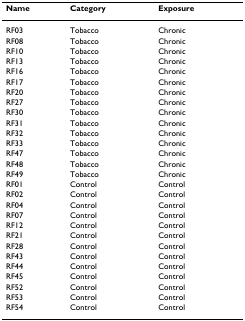
<table><thead><tr><td><b>Name</b></td><td><b>Category</b></td><td><b>Exposure</b></td></tr></thead><tbody><tr><td>RF03</td><td>Tobacco</td><td>Chronic</td></tr><tr><td>RF08</td><td>Tobacco</td><td>Chronic</td></tr><tr><td>RF10</td><td>Tobacco</td><td>Chronic</td></tr><tr><td>RF13</td><td>Tobacco</td><td>Chronic</td></tr><tr><td>RF16</td><td>Tobacco</td><td>Chronic</td></tr><tr><td>RF17</td><td>Tobacco</td><td>Chronic</td></tr><tr><td>RF20</td><td>Tobacco</td><td>Chronic</td></tr><tr><td>RF27</td><td>Tobacco</td><td>Chronic</td></tr><tr><td>RF30</td><td>Tobacco</td><td>Chronic</td></tr><tr><td>RF31</td><td>Tobacco</td><td>Chronic</td></tr><tr><td>RF32</td><td>Tobacco</td><td>Chronic</td></tr><tr><td>RF33</td><td>Tobacco</td><td>Chronic</td></tr><tr><td>RF47</td><td>Tobacco</td><td>Chronic</td></tr><tr><td>RF48</td><td>Tobacco</td><td>Chronic</td></tr><tr><td>RF49</td><td>Tobacco</td><td>Chronic</td></tr><tr><td>RF01</td><td>Control</td><td>Control</td></tr><tr><td>RF02</td><td>Control</td><td>Control</td></tr><tr><td>RF04</td><td>Control</td><td>Control</td></tr><tr><td>RF07</td><td>Control</td><td>Control</td></tr><tr><td>RF12</td><td>Control</td><td>Control</td></tr><tr><td>RF21</td><td>Control</td><td>Control</td></tr><tr><td>RF28</td><td>Control</td><td>Control</td></tr><tr><td>RF43</td><td>Control</td><td>Control</td></tr><tr><td>RF44</td><td>Control</td><td>Control</td></tr><tr><td>RF45</td><td>Control</td><td>Control</td></tr><tr><td>RF52</td><td>Control</td><td>Control</td></tr><tr><td>RF53</td><td>Control</td><td>Control</td></tr><tr><td>RF54</td><td>Control</td><td>Control</td></tr></tbody></table>